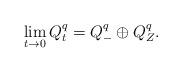
LaTeX: \begin{align*}\lim_{t \to 0} Q^q_t=Q^q_{-} \oplus Q^q_{Z}.\end{align*}